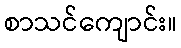
စာသင်ကျောင်း။